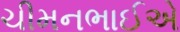
ચીમનભાઈએ